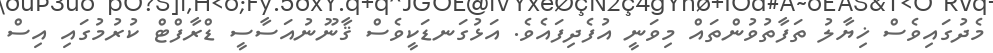
މެދުގައިވެސް ޚިޔާލު ތަފާތުވުންތައް މިވަނީ އުފެދިފައެވެ. އަޅުގަނޑަކީވެސް ޤާނޫނުއަސާސީ ޑްރާފްޓް ކުރުމުގައި އިސް